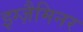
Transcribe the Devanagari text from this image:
इग्ज़ैमिनर